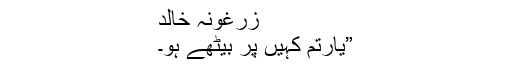
زرغونہ خالد
”یارتم کہیں پر بیٹھے ہو۔